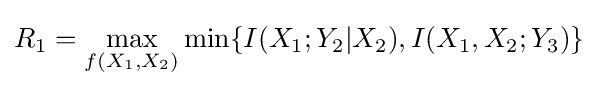
R_{1}=\max _{f(X_{1},X_{2})}\min\{I(X_{1};Y_{2}|X_{2}),I(X_{1},X_{2};Y_{3})\}